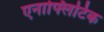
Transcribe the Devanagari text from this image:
एनाफ्लिटिक